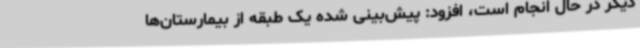
دیگر در حال انجام است، افزود: پیش‌بینی شده یک طبقه از بیمارستان‌ها